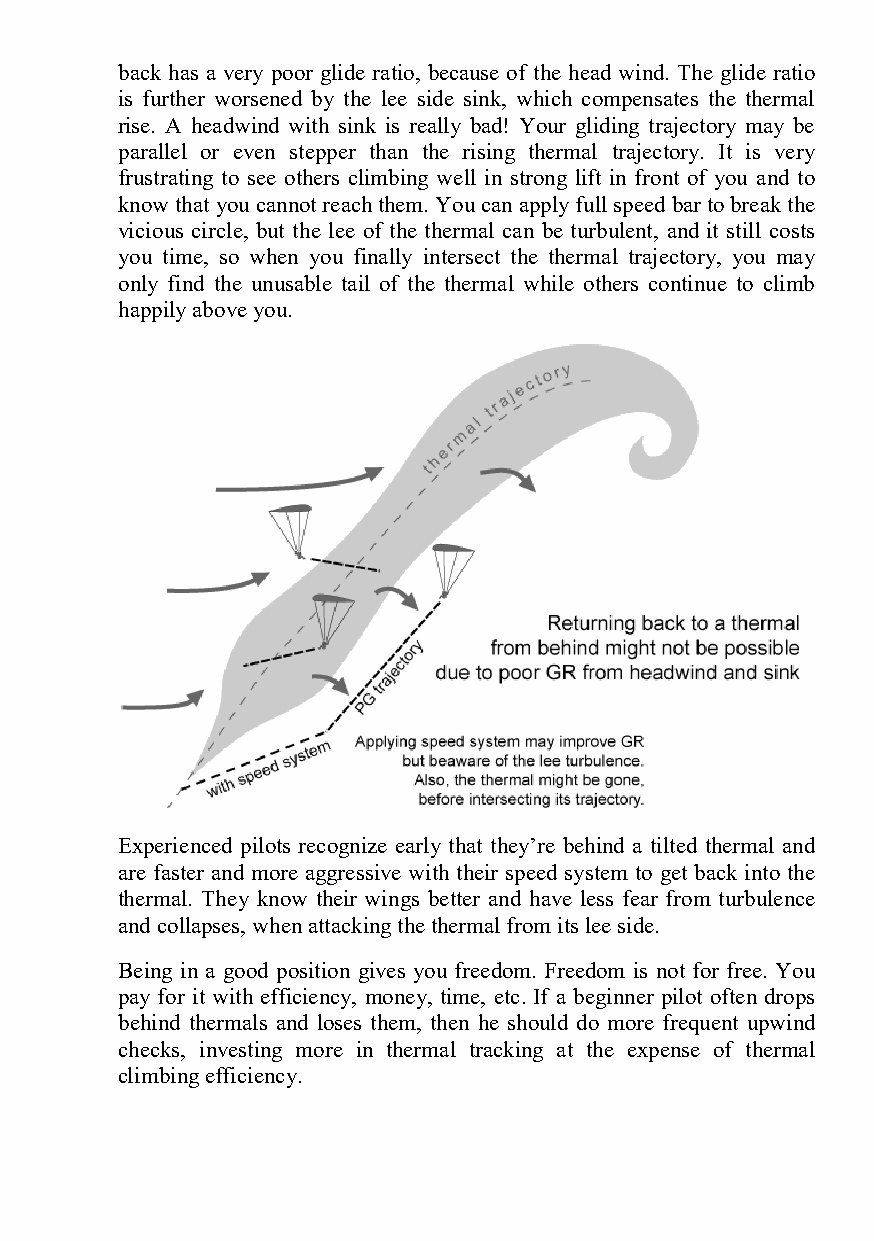
back has a very poor glide ratio, because of the head wind. The glide ratio
 is further worsened by the lee side sink, which compensates the thermal
 rise. A headwind with sink is really bad! Your gliding trajectory may be
 parallel or even stepper than the rising thermal trajectory. It is very
 frustrating to see others climbing well in strong lift in front of you and to
 know that you cannot reach them. You can apply full speed bar to break the
 vicious circle, but the lee of the thermal can be turbulent, and it still costs
 you time, so when you finally intersect the thermal trajectory, you may
 only find the unusable tail of the thermal while others continue to climb
 happily above you.
 Experienced pilots recognize early that they’re behind a tilted thermal and
 are faster and more aggressive with their speed system to get back into the
 thermal. They know their wings better and have less fear from turbulence
 and collapses, when attacking the thermal from its lee side.
 Being in a good position gives you freedom. Freedom is not for free. You
 pay for it with efficiency, money, time, etc. If a beginner pilot often drops
 behind thermals and loses them, then he should do more frequent upwind
 checks, investing more in thermal tracking at the expense of thermal
 climbing efficiency.